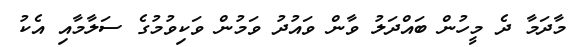
މާދަމާ ދެ މީހުން ބައްދަލު ވާން ވައުދު ވަމުން ވަކިވުމުގެ ސަލާމާއި އެކު